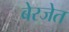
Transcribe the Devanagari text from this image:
बेरजेत